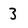
Character: 3